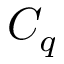
C _ { q }